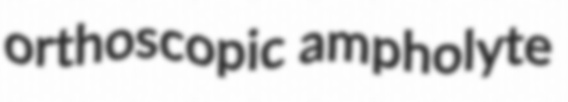
orthoscopic ampholyte